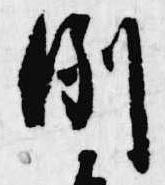
例